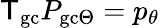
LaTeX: {\sf T}_{\mathrm{gc}}P_{\mathrm{gc}\Theta}=p_{\theta}